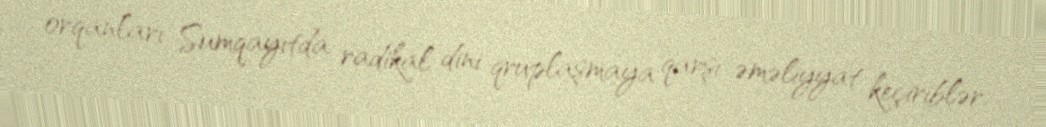
orqanları Sumqayıtda radikal dini qruplaşmaya qarşı əməliyyat keçiriblər.